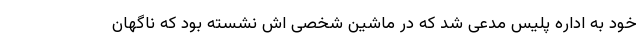
خود به اداره پلیس مدعی شد که در ماشین شخصی اش نشسته بود که ناگهان